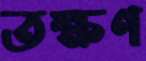
তক্ষণ